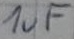
Text: 1uF